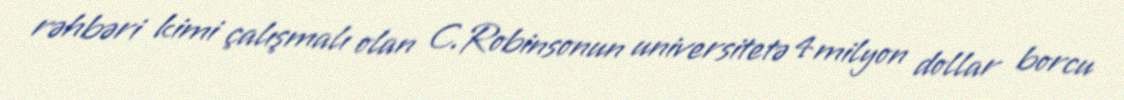
rəhbəri kimi çalışmalı olan C.Robinsonun universitetə 4 milyon dollar borcu